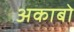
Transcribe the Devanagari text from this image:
अकाबो